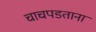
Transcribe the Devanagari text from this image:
चाचपडताना